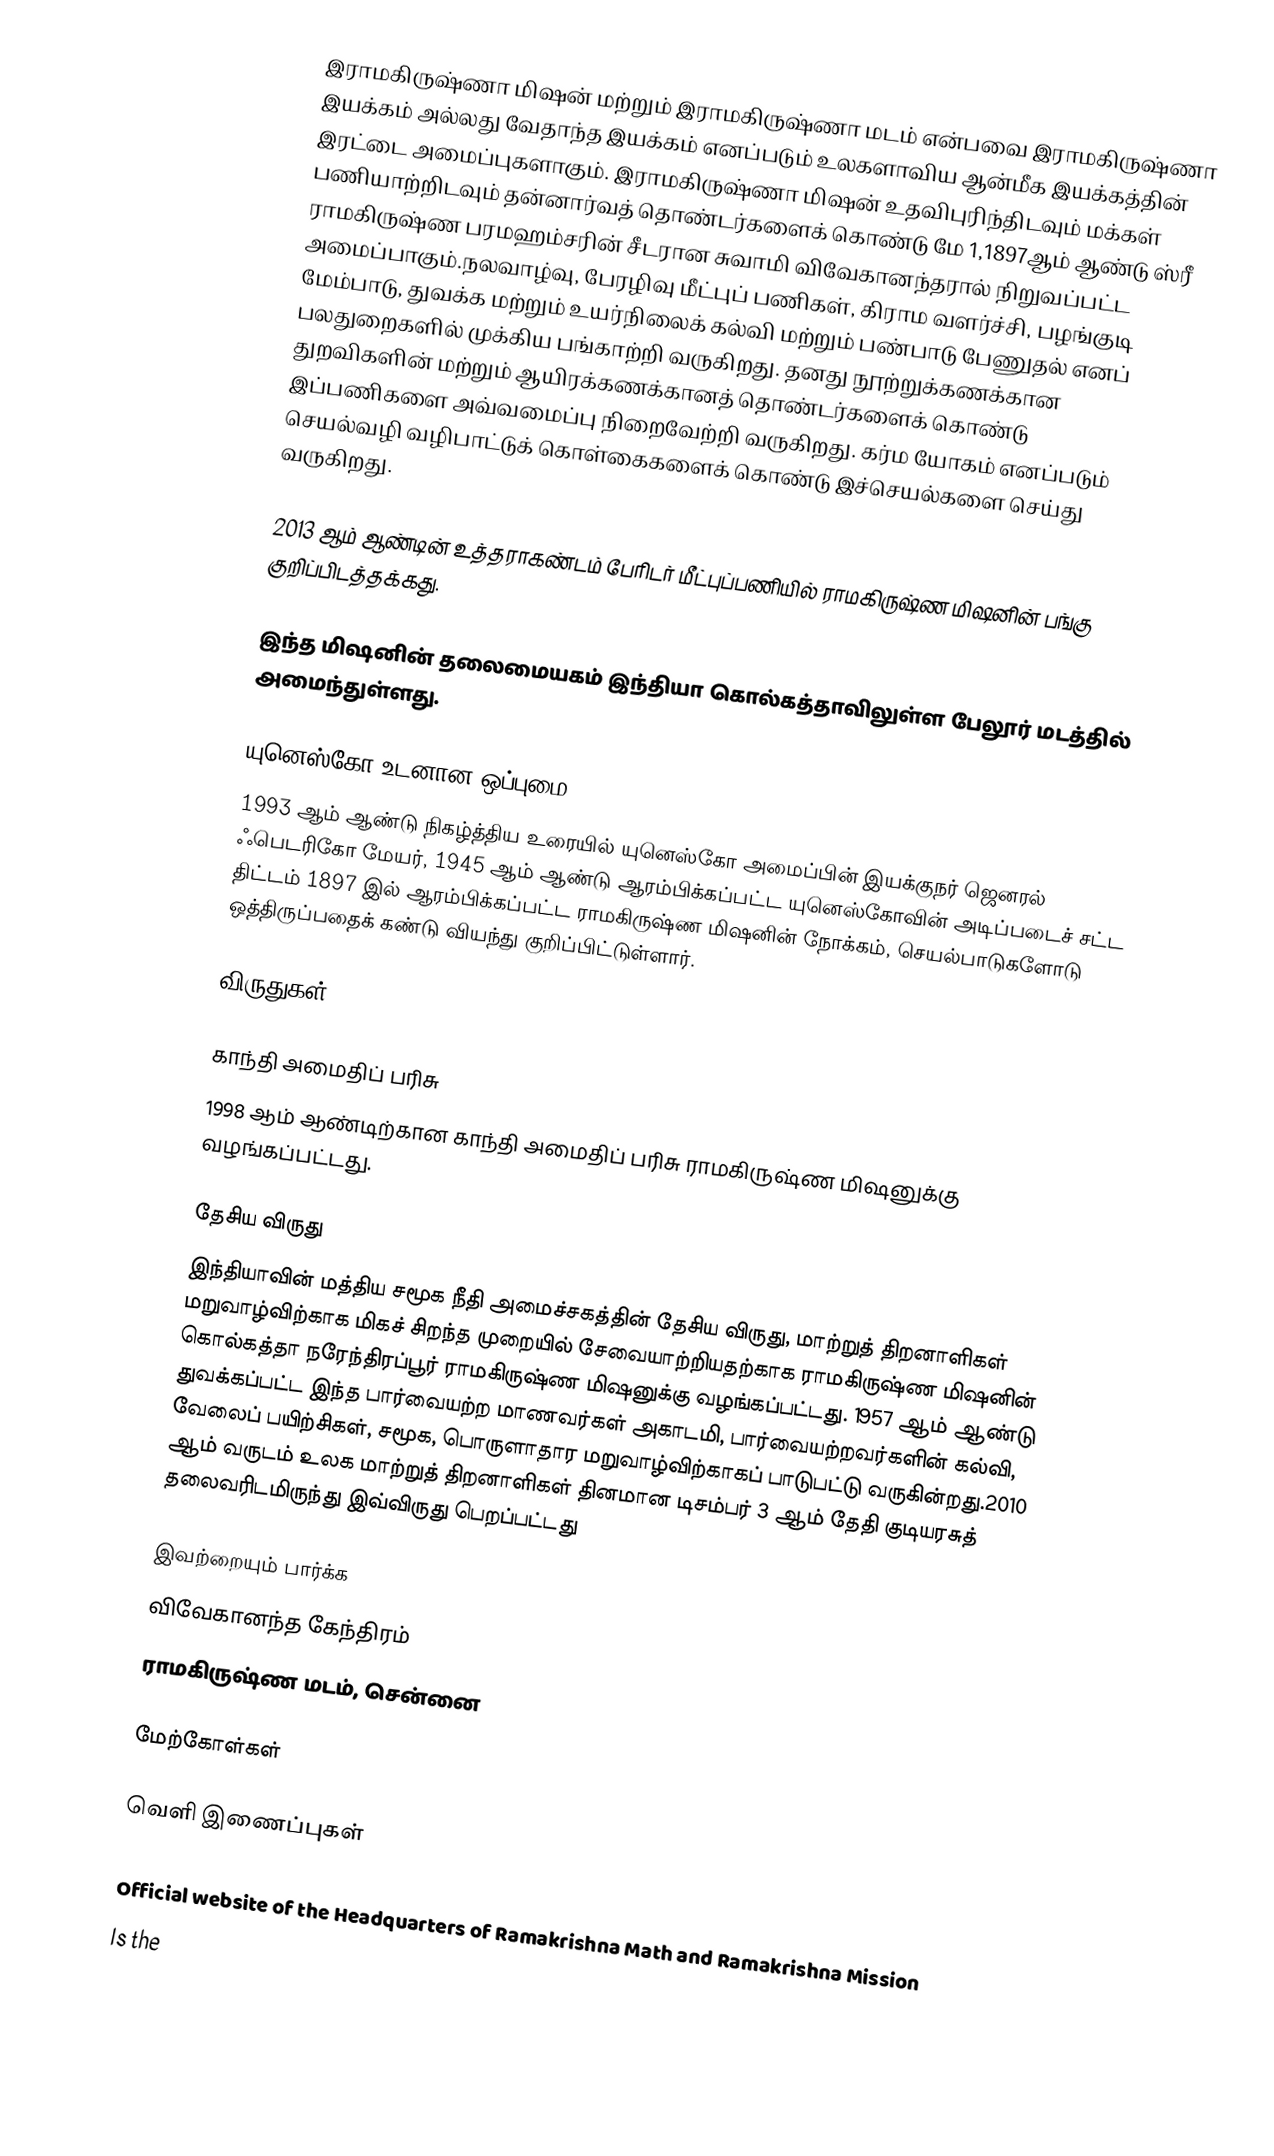
இராமகிருஷ்ணா மிஷன் மற்றும் இராமகிருஷ்ணா மடம் என்பவை இராமகிருஷ்ணா இயக்கம் அல்லது வேதாந்த இயக்கம் எனப்படும் உலகளாவிய ஆன்மீக இயக்கத்தின் இரட்டை அமைப்புகளாகும். இராமகிருஷ்ணா மிஷன் உதவிபுரிந்திடவும் மக்கள் பணியாற்றிடவும் தன்னார்வத் தொண்டர்களைக் கொண்டு மே 1,1897ஆம் ஆண்டு ஸ்ரீ ராமகிருஷ்ண பரமஹம்சரின் சீடரான சுவாமி விவேகானந்தரால் நிறுவப்பட்ட அமைப்பாகும்.நலவாழ்வு, பேரழிவு மீட்புப் பணிகள், கிராம வளர்ச்சி, பழங்குடி மேம்பாடு, துவக்க மற்றும் உயர்நிலைக் கல்வி மற்றும் பண்பாடு பேணுதல் எனப் பலதுறைகளில் முக்கிய பங்காற்றி வருகிறது. தனது நூற்றுக்கணக்கான துறவிகளின் மற்றும் ஆயிரக்கணக்கானத் தொண்டர்களைக் கொண்டு இப்பணிகளை அவ்வமைப்பு நிறைவேற்றி வருகிறது. கர்ம யோகம் எனப்படும் செயல்வழி வழிபாட்டுக் கொள்கைகளைக் கொண்டு இச்செயல்களை செய்து வருகிறது.

2013 ஆம் ஆண்டின் உத்தராகண்டம் பேரிடர் மீட்புப்பணியில் ராமகிருஷ்ண மிஷனின் பங்கு குறிப்பிடத்தக்கது.

இந்த மிஷனின் தலைமையகம் இந்தியா கொல்கத்தாவிலுள்ள பேலூர் மடத்தில் அமைந்துள்ளது.

யுனெஸ்கோ உடனான ஒப்புமை
1993 ஆம் ஆண்டு நிகழ்த்திய உரையில் யுனெஸ்கோ அமைப்பின் இயக்குநர் ஜெனரல் ஃபெடரிகோ மேயர், 1945 ஆம் ஆண்டு ஆரம்பிக்கப்பட்ட யுனெஸ்கோவின் அடிப்படைச் சட்ட திட்டம் 1897 இல் ஆரம்பிக்கப்பட்ட ராமகிருஷ்ண மிஷனின் நோக்கம், செயல்பாடுகளோடு ஒத்திருப்பதைக் கண்டு வியந்து குறிப்பிட்டுள்ளார்.

விருதுகள்

காந்தி அமைதிப் பரிசு
 1998 ஆம் ஆண்டிற்கான காந்தி அமைதிப் பரிசு ராமகிருஷ்ண மிஷனுக்கு வழங்கப்பட்டது.

தேசிய விருது
இந்தியாவின் மத்திய சமூக நீதி அமைச்சகத்தின் தேசிய விருது, மாற்றுத் திறனாளிகள் மறுவாழ்விற்காக மிகச் சிறந்த முறையில் சேவையாற்றியதற்காக ராமகிருஷ்ண மிஷனின் கொல்கத்தா நரேந்திரப்பூர் ராமகிருஷ்ண மிஷனுக்கு வழங்கப்பட்டது. 1957 ஆம் ஆண்டு துவக்கப்பட்ட இந்த பார்வையற்ற மாணவர்கள் அகாடமி, பார்வையற்றவர்களின் கல்வி, வேலைப் பயிற்சிகள், சமூக, பொருளாதார மறுவாழ்விற்காகப் பாடுபட்டு வருகின்றது.2010  ஆம் வருடம் உலக மாற்றுத் திறனாளிகள் தினமான டிசம்பர் 3 ஆம் தேதி குடியரசுத் தலைவரிடமிருந்து இவ்விருது பெறப்பட்டது

இவற்றையும் பார்க்க
 விவேகானந்த கேந்திரம்
 ராமகிருஷ்ண மடம், சென்னை

மேற்கோள்கள்

வெளி இணைப்புகள்

Official website of the Headquarters of Ramakrishna Math and Ramakrishna Mission
Is the